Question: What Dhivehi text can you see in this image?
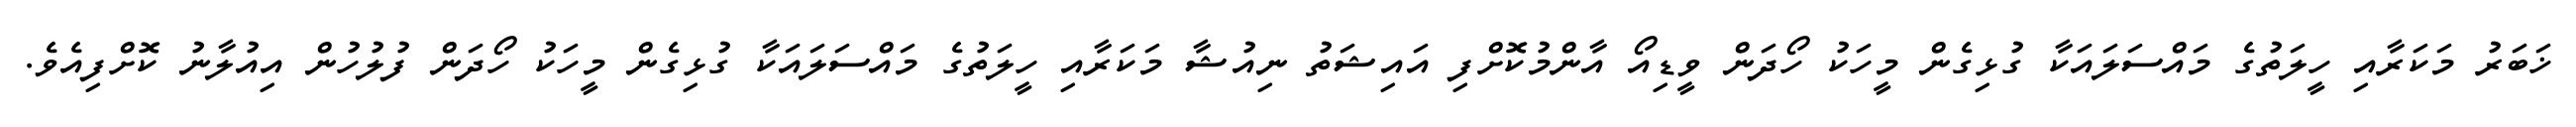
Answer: ޚަބަރު މަކަރާއި ހީލަތުގެ މައްސަލައަކާ ގުޅިގެން މީހަކު ހޯދަން ވީޑިއޯ އާންމުކޮށްފި އައިޝަތު ނިއުޝާ މަކަރާއި ހީލަތުގެ މައްސަލައަކާ ގުޅިގެން މީހަކު ހޯދަން ފުލުހުން އިއުލާނު ކޮށްފިއެވެ.